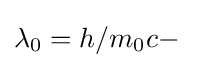
\lambda _{0}=h/m_{0}c-\